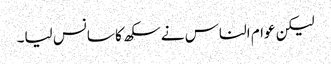
لیکن عوام الناس نے سکھ کا سانس لیا۔